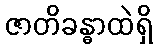
ဇာတိခန္ဓာထဲရှိ